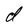
Character: d